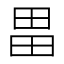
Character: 畕